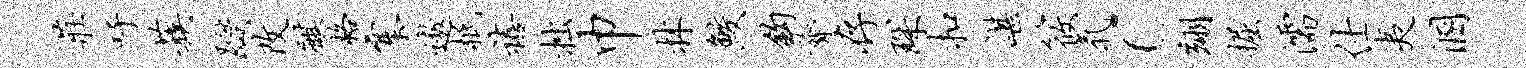
庄吁蔟躞改麒格寨遨柢禧拙巾林鲛钩膂存琛扣谌筱气c翊掘濡仕夷溷